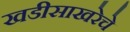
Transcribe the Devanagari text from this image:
खडीसाखरेचे